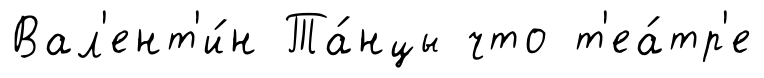
Вал'ент'и́н Та́нцы что т'еа́тр'е